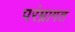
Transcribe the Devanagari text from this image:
परंम्रागत